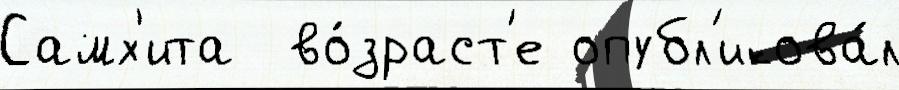
Самх'ита  во́зраст'е опубл'икова́л